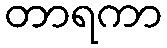
တာရကာ